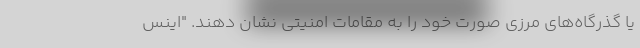
یا گذرگاه‌های مرزی صورت خود را به مقامات امنیتی نشان دهند. "اینس